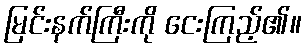
မြင်းနက်ကြီးကို ငေးကြည့်၏။